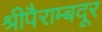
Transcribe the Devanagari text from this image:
श्रीपैराम्बदूर